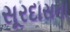
સૂરદાસના